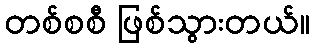
တစ်စစီ ဖြစ်သွားတယ်။